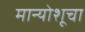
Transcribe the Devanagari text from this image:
मान्योशूचा